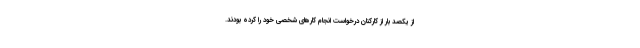
از یکصد بار از کارکنان درخواست انجام کارهای شخصی خود را کرده بودند.